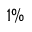
1 \%